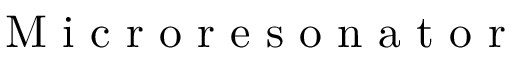
\mathrm { ~ M ~ i ~ c ~ r ~ o ~ r ~ e ~ s ~ o ~ n ~ a ~ t ~ o ~ r ~ }